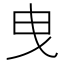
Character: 曳